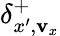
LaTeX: \delta_{x^{\prime},\mathbf{v}_{x}}^{+}